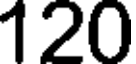
120